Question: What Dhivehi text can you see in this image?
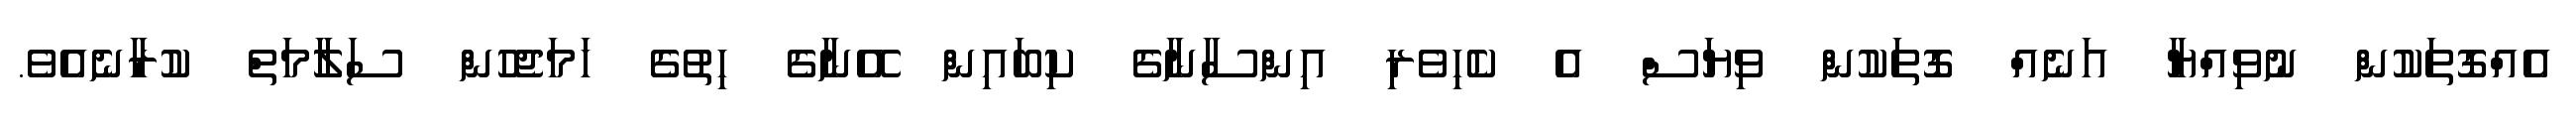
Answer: އެއްގޮތަކުން ނުވިއްޔާ އަނެއް ގޮތަކުން ވިޔަސް އެ ކެހިވެރި އިންސާނާގެ ކިބައިން އޭނާގެ ހިތުގެ ހަމަޖެހުން ސަލާމަތް ކުރާނެއެވެ.